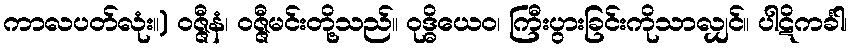
ကာလပတ်လုံး။) ဝဇ္ဇီနံ၊ ဝဇ္ဇီမင်းတို့သည်။ ဝုဒ္ဓိယေဝ၊ ကြီးပွားခြင်းကိုသာလျှင်။ ပါဋိကင်္ခါ၊